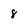
Character: 8